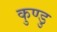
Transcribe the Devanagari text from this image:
कुण्डु